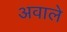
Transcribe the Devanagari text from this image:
अवाले